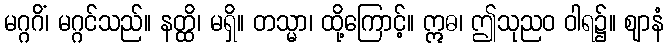
မဂ္ဂဂိံ၊ မဂ္ဂင်သည်။ နတ္ထိ၊ မရှိ။ တသ္မာ၊ ထို့ကြောင့်။ ဣဓ၊ ဤသုညဝ ဝါရ၌။ ဈာနံ